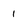
Character: 1